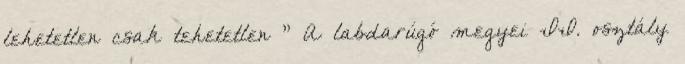
lehetetlen csak tehetetlen " A labdarúgó megyei II. osztály